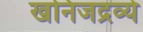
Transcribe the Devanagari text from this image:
खनिजद्रव्ये